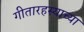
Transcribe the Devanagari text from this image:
गीतारहस्याच्या